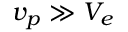
v _ { p } \gg V _ { e }